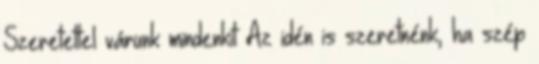
Szeretettel várunk mindenkit Az idén is szeretnénk, ha szép